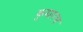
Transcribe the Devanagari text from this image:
कुमारच